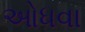
ઓધવા